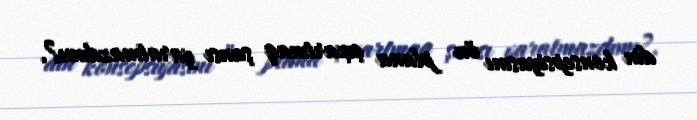
din konsepsiyasını ön plana çıxartmaq şansı yaratmazdımı?.